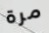
مرة